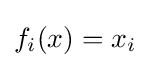
f_{i}(x)=x_{i}